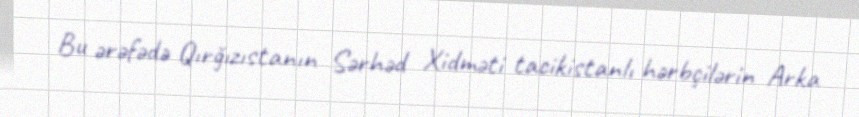
Bu ərəfədə Qırğızıstanın Sərhəd Xidməti tacikistanlı hərbçilərin Arka